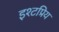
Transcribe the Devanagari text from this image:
इश्टप्रिय